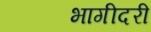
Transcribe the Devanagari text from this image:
भागीदरी